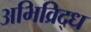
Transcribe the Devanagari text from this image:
अभिव्रिद्ध